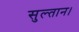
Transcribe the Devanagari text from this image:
सुल्तान।